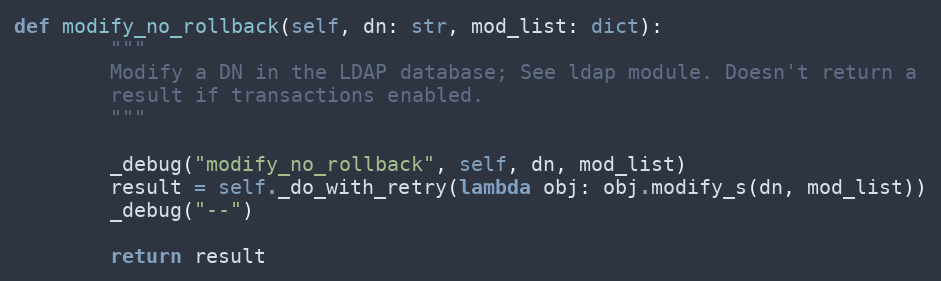
Language: Python
def modify_no_rollback(self, dn: str, mod_list: dict):
        """
        Modify a DN in the LDAP database; See ldap module. Doesn't return a
        result if transactions enabled.
        """

        _debug("modify_no_rollback", self, dn, mod_list)
        result = self._do_with_retry(lambda obj: obj.modify_s(dn, mod_list))
        _debug("--")

        return result